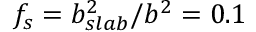
f _ { s } = b _ { s l a b } ^ { 2 } / b ^ { 2 } = 0 . 1